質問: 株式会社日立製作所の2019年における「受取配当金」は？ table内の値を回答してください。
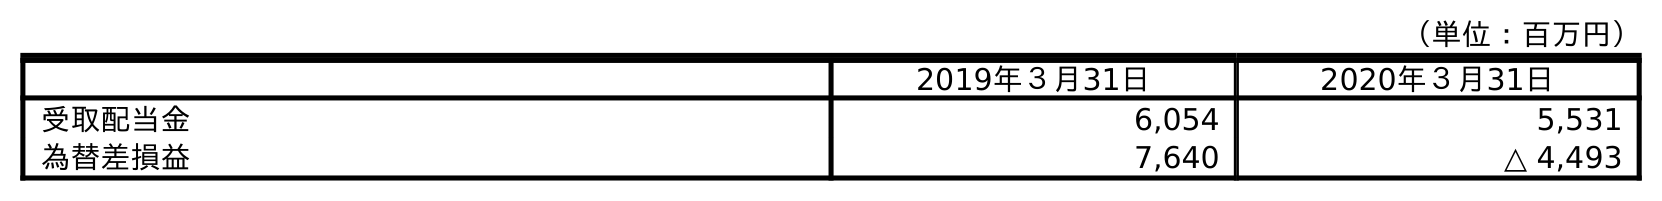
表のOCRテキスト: （単位：百万円） 2019年３月31日 2020年３月31日 受取配当金 6,054 5,531 為替差損益 7,640 △ 4,493
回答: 6,054